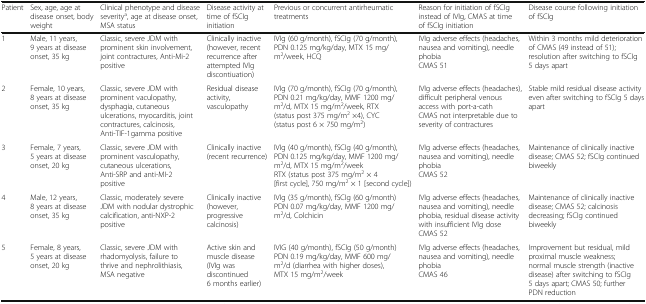
<table><thead><tr><td><b>Patient</b></td><td><b>Sex, age, age at disease onset, body weight</b></td><td><b>Clinical phenotype and disease severity<sup>a</sup>, age at disease onset, MSA status</b></td><td><b>Disease activity at time of fSCIg initiation</b></td><td><b>Previous or concurrent antirheumatic treatments</b></td><td><b>Reason for initiation of fSCIg instead of IVIg, CMAS at time of fSCIg initiation</b></td><td><b>Disease course following initiation of fSCIg</b></td></tr></thead><tbody><tr><td>1</td><td>Male, 11 years, 9 years at disease onset, 35 kg</td><td>Classic, severe JDM with prominent skin involvement, joint contractures, Anti-Mi-2 positive</td><td>Clinically inactive (however, recent recurrence after attempted IVIg discontiuation)</td><td>IVIg (60 g/month), fSCIg (70 g/month), PDN 0.125 mg/kg/day, MTX 15 mg/m<sup>2</sup>/week, HCQ</td><td>IVIg adverse effects (headaches, nausea and vomiting), needle phobiaCMAS 51</td><td>Within 3 months mild deterioration of CMAS (49 instead of 51); resolution after switching to fSCIg 5 days apart</td></tr><tr><td>2</td><td>Female, 10 years, 8 years at disease onset, 35 kg</td><td>Classic, severe JDM with prominent vaculopathy, dysphagia, cutaneous ulcerations, myocarditis, joint contractures, calcinosis, Anti-TIF-1gamma positive</td><td>Residual disease activity, vasculopathy</td><td>IVIg (70 g/month), fSCIg (70 g/month), PDN 0.21 mg/kg/day, MMF 1200 mg/m<sup>2</sup>/d, MTX 15 mg/m<sup>2</sup>/week, RTX (status post 375 mg/m<sup>2</sup> ×4), CYC (status post 6 × 750 mg/m<sup>2</sup>)</td><td>IVIg adverse effects (headaches), difficult peripheral venous access with port-a-cathCMAS not interpretable due to severity of contractures</td><td>Stable mild residual disease activity even after switching to fSCIg 5 days apart</td></tr><tr><td>3</td><td>Female, 7 years, 5 years at disease onset, 20 kg</td><td>Classic, severe JDM with prominent vasculopathy, cutaneous ulcerations, Anti-SRP and anti-MI-2 positive</td><td>Clinically inactive (recent recurrence)</td><td>IVIg (40 g/month), fSCIg (40 g/month), PDN 0.125 mg/kg/day, MMF 1200 mg/m<sup>2</sup>/d, MTX 15 mg/m<sup>2</sup>/weekRTX (status post 375 mg/m<sup>2</sup> × 4 [first cycle], 750 mg/m<sup>2</sup> × 1 [second cycle])</td><td>IVIg adverse effects (headaches, nausea and vomiting), needle phobiaCMAS 52</td><td>Maintenance of clinically inactive disease; CMAS 52; fSCIg continued biweekly</td></tr><tr><td>4</td><td>Male, 12 years, 8 years at disease onset, 35 kg</td><td>Classic, moderately severe JDM with nodular dystrophic calcification, anti-NXP-2 positive</td><td>Clinically inactive (however, progressive calcinosis)</td><td>IVIg (35 g/month), fSCIg (60 g/month) PDN 0.07 mg/kg/day, MMF 1200 mg/m<sup>2</sup>/d, Colchicin</td><td>IVIg adverse effects (headaches, nausea and vomiting), needle phobia, residual disease activity with insufficient IVIg doseCMAS 52</td><td>Maintenance of clinically inactive disease; CMAS 52; calcinosis decreasing; fSCIg continued biweekly</td></tr><tr><td>5</td><td>Female, 8 years, 5 years at disease onset, 20 kg</td><td>Classic, severe JDM with rhadomyolysis, failure to thrive and nephrolithiasis, MSA negative</td><td>Active skin and muscle disease (IVIg was discontinued 6 months earlier)</td><td>IVIG (40 g/month), fSCIg (50 g/month)PDN 0.19 mg/kg/day, MMF 600 mg/m<sup>2</sup>/d (diarrhea with higher doses), MTX 15 mg/m<sup>2</sup>/week</td><td>IVIg adverse effects (headaches, nausea and vomiting), needle phobiaCMAS 46</td><td>Improvement but residual, mild proximal muscle weakness; normal muscle strength (inactive disease) after switching to fSCIg 5 days apart; CMAS 50; further PDN reduction</td></tr></tbody></table>